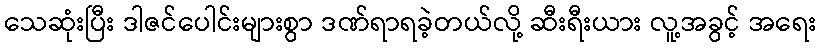
သေဆုံးပြီး ဒါဇင်ပေါင်းများစွာ ဒဏ်ရာရခဲ့တယ်လို့ ဆီးရီးယား လူ့အခွင့် အရေး